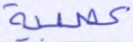
عصبية